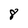
Character: 8